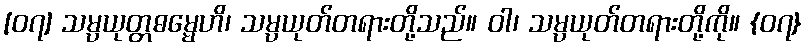
[၀၇] သမ္ပယုတ္တဓမ္မေဟိ၊ သမ္ပယုတ်တရားတို့သည်။ ဝါ၊ သမ္ပယုတ်တရားတို့ကို။ {၀၇}